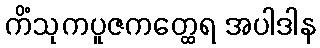
ကိံသုကပူဇကတ္ထေရ အပါဒါန